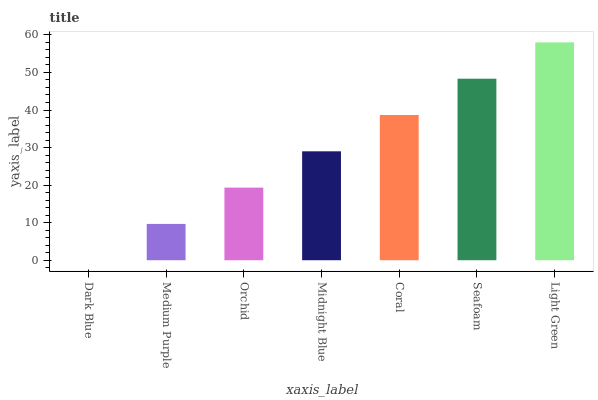
| xaxis_label | bars |
 | --- | --- |
 | Dark Blue | 0 |
 | Medium Purple | 9.67 |
 | Orchid | 19.3 |
 | Midnight Blue | 29 |
 | Coral | 38.7 |
 | Seafoam | 48.3 |
 | Light Green | 58 |